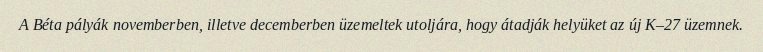
A Béta pályák novemberben, illetve decemberben üzemeltek utoljára, hogy átadják helyüket az új K–27 üzemnek.